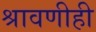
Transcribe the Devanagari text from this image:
श्रावणीही